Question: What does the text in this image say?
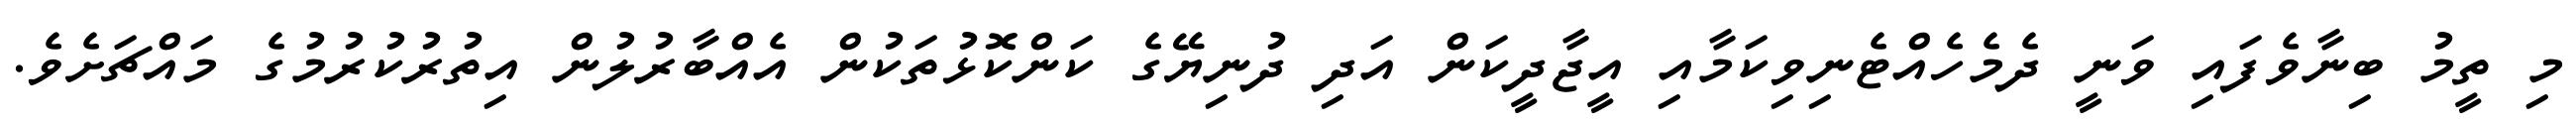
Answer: މި ތީމު ބިނާވެފައި ވަނީ ދެމެހެއްޓެނިވިކަމާއި އީޖާދީކަން އަދި ދުނިޔޭގެ ކަންކޮޅުތަކުން އެއްބާރުލުން އިތުރުކުރުމުގެ މައްޗަށެވެ.